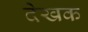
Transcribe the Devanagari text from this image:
देखक